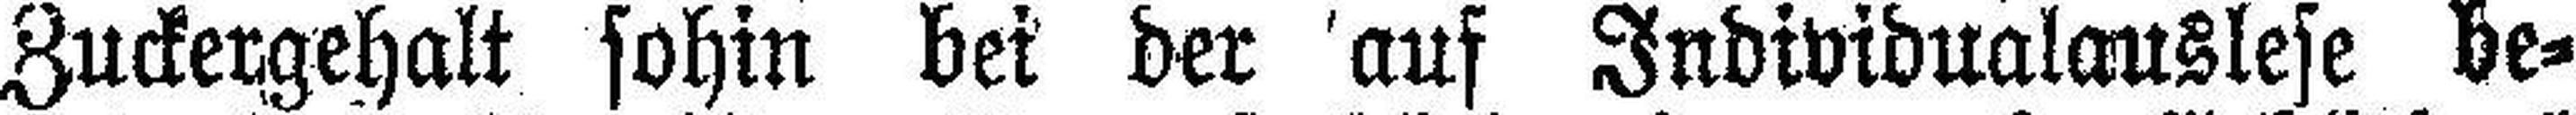
Zuckergehalt sohin bei der auf Individualauslese be¬